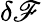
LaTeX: \delta\mathscr{F}